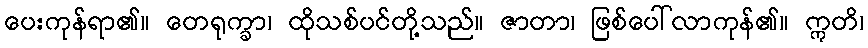
ပေးကုန်ရာ၏။ တေရုက္ခာ၊ ထိုသစ်ပင်တို့သည်။ ဇာတာ၊ ဖြစ်ပေါ်လာကုန်၏။ ဣတိ၊